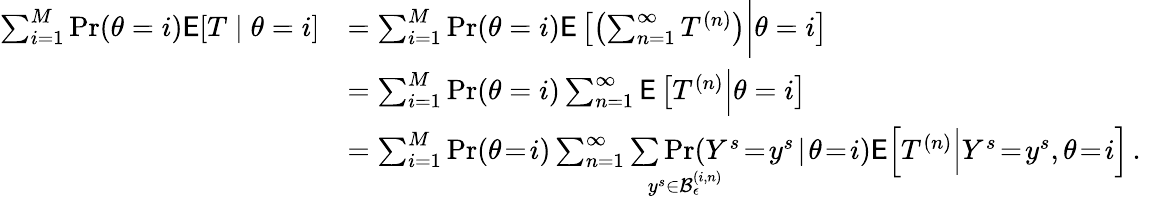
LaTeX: \begin{array}{rlr}{\sum_{i=1}^{M}\operatorname*{Pr}(\theta=i)\mathsf{E}[T\mid\theta=i]}&{=\sum_{i=1}^{M}\operatorname*{Pr}(\theta=i)\mathsf{E}\left[\left(\sum_{n=1}^{\infty}T^{(n)}\right)\bigg|\theta=i\right]}\\ &{=\sum_{i=1}^{M}\operatorname*{Pr}(\theta=i)\sum_{n=1}^{\infty}\mathsf{E}\left[T^{(n)}\Big|\theta=i\right]}\\ &{=\sum_{i=1}^{M}\operatorname*{Pr}(\theta\! =\! i)\sum_{n=1}^{\infty}\underset{y^{s}\in\mathcal{B}_{\epsilon}^{(i,n)}}{\sum\operatorname*{Pr}(Y^{s}}\! =\! y^{s}\! \mid\! \theta\! =\! i)\mathsf{E}\Big[T^{(n)}\Big|Y^{s}\! =\! y^{s},\theta\! =\! i\Big]\, .}&\end{array}